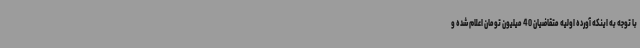
با توجه به اینکه آورده اولیه متقاضیان 40 میلیون تومان اعلام شده و